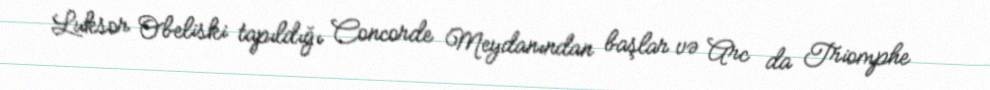
Luksor Obeliski tapıldığı Concorde Meydanından başlar və Arc da Triomphe